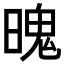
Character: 𣉨